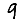
Digit: 9